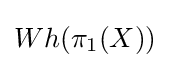
Wh(\pi _{1}(X))